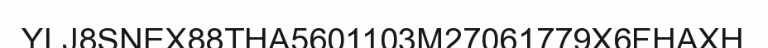
YLJ8SNEX88THA5601103M27061779X6FHAXH